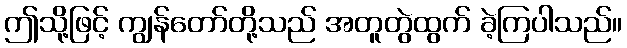
ဤသို့ဖြင့် ကျွန်တော်တို့သည် အတူတွဲထွက် ခဲ့ကြပါသည်။